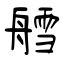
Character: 艝